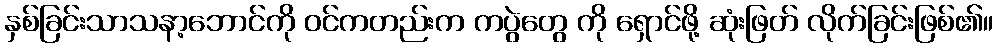
နှစ်ခြင်းသာသနာ့ဘောင်ကို ဝင်ကတည်းက ကပွဲတွေ ကို ရှောင်ဖို့ ဆုံးဖြတ် လိုက်ခြင်းဖြစ်၏။